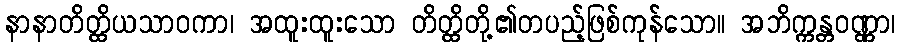
နာနာတိတ္ထိယသာဝကာ၊ အထူးထူးသော တိတ္ထိတို့၏တပည့်ဖြစ်ကုန်သော။ အဘိက္ကန္တဝဏ္ဏာ၊